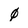
Character: 0